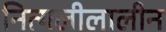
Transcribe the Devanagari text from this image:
नित्यलीलालीन